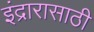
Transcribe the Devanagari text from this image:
इंद्रारासाठी